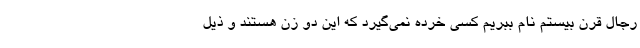
رجال قرن بیستم نام ببریم کسی خرده نمی‌گیرد که این دو زن هستند و ذیل